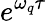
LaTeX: e^{\omega_{q}\tau}